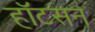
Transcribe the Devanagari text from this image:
हॉटसन